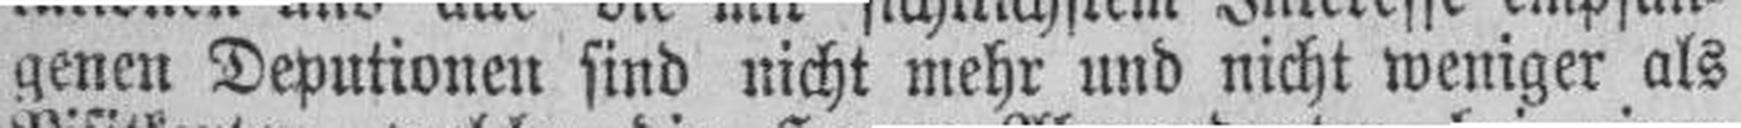
genen Deputionen sind nicht mehr und nicht weniger als